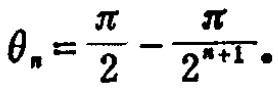
\(\theta_{n}=\frac{\pi}{2}-\frac{\pi}{2^{n + 1}}.\)